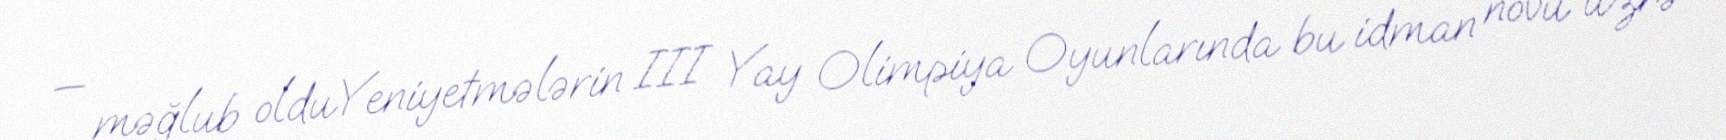
— məğlub olduYeniyetmələrin III Yay Olimpiya Oyunlarında bu idman növü üzrə